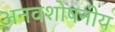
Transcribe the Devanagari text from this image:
अनवशोषनीय